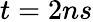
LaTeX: t=2ns